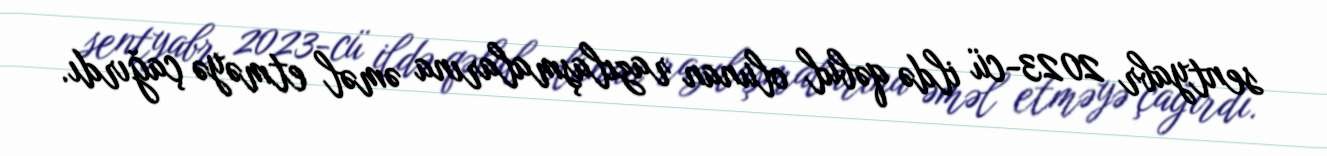
sentyabr 2023-cü ildə qəbul olunan razılaşmalarına əməl etməyə çağırdı.